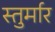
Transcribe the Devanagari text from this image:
स्तुर्मार